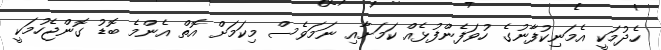
ހެދުމަކީ އެމަނިކުފާނުގެ ހުވަފެންފުޅެއް ކަމަށާއި ނަމަވެސް މިކަމަށް އޮތް އެންމެ ބޮޑު ގޮންޖެހުމަކީ